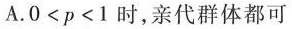
A.0<p<1时，亲代群体都可